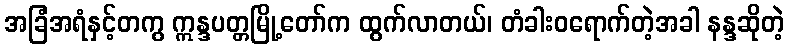
အခြံအရံနှင့်တကွ ဣန္ဒပတ္တမြို့တော်က ထွက်လာတယ်၊ တံခါးဝရောက်တဲ့အခါ နန္ဒဆိုတဲ့